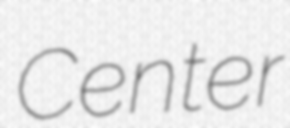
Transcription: Center